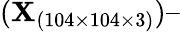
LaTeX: (\textit{\textbf{X}}_{(104\times 104\times 3)})–